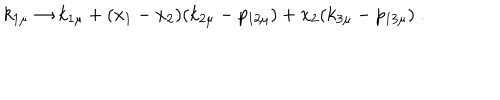
k _ { 1 \mu } \rightarrow k _ { 1 \mu } + ( x _ { 1 } - x _ { 2 } ) ( k _ { 2 \mu } - p _ { 1 2 \mu } ) + x _ { 2 } ( k _ { 3 \mu } - p _ { 1 3 \mu } ) \ .